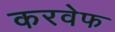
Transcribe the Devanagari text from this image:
करवेफ